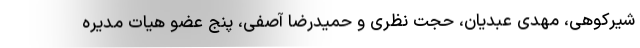
شیرکوهی، مهدی عبدیان، حجت نظری و حمیدرضا آصفی، پنج عضو هیات مدیره